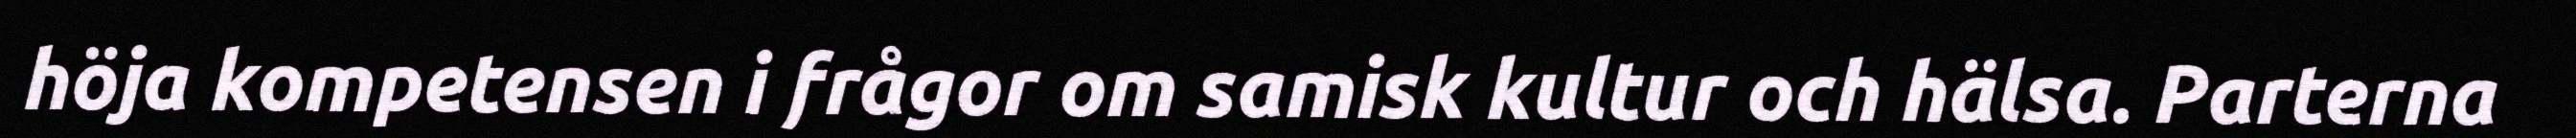
höja kompetensen i frågor om samisk kultur och hälsa. Parterna